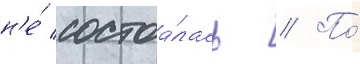
н'е́ состоа́лась // По́